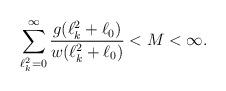
LaTeX: \begin{align*}\sum_{\ell_k^2=0}^{\infty} \frac{g(\ell_k^2+\ell_0)}{w(\ell_k^2+\ell_0)}<M<\infty.\end{align*}